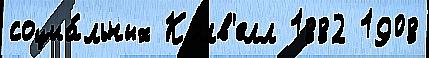
социа́льных Колв'елл 1882 1908